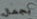
بجمال